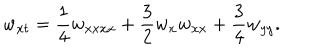
w _ { x t } = \frac { 1 } { 4 } w _ { x x x x } + \frac { 3 } { 2 } w _ { x } w _ { x x } + \frac { 3 } { 4 } w _ { y y } .